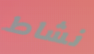
نشاط